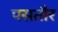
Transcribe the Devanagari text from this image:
पसतौर